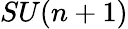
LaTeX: SU(n+1)